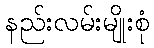
နည်းလမ်းမျိုးစုံ